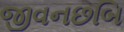
જીવનછબિ